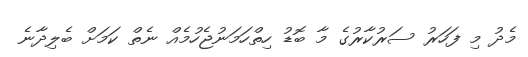
މެދު މި ފަހަރު ސަރުކާރުގެ މާ ބޮޑު ހިތްހަމަނުޖެހުމެއް ނެތް ކަމަށް ބެލިދާނެ